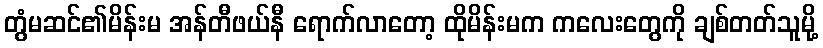
တွံမဆင်၏မိန်းမ အန်တီဖယ်နီ ရောက်လာတော့ ထိုမိန်းမက ကလေးတွေကို ချစ်တတ်သူမို့